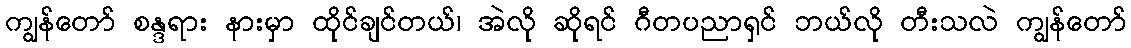
ကျွန်တော် စန္ဒရား နားမှာ ထိုင်ချင်တယ်၊ အဲလို ဆိုရင် ဂီတပညာရှင် ဘယ်လို တီးသလဲ ကျွန်တော်